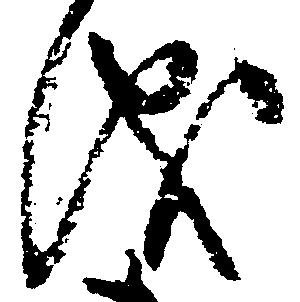
洩